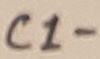
Text: C1-